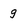
Character: g